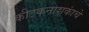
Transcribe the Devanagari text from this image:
कीटकनाशकांचे